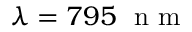
\lambda = 7 9 5 ~ \mathrm { ~ n ~ m ~ }